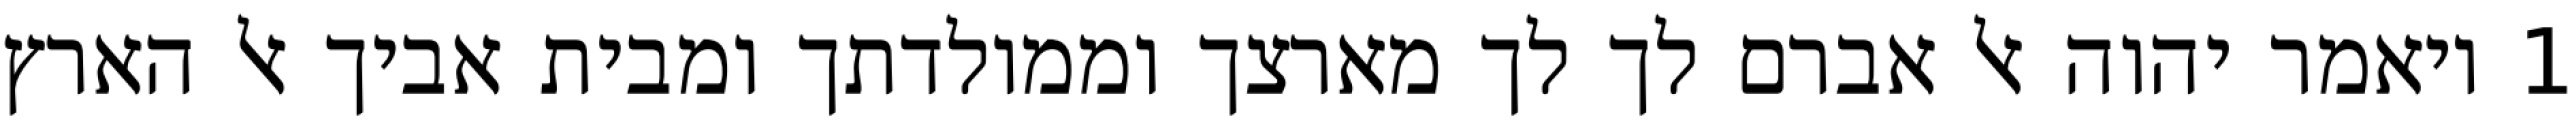
1 ויאמר יהוה אל אברם לך לך מארצך וממולדתך ומבית אביך אל הארץ